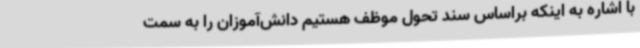
با اشاره به اینکه براساس سند تحول موظف هستیم دانش‌آموزان را به سمت